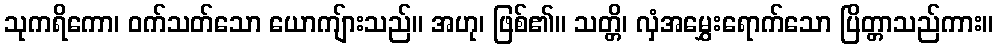
သုကရိကော၊ ဝက်သတ်သော ယောကျ်ားသည်။ အဟု၊ ဖြစ်၏။ သတ္တိ၊ လှံအမွှေးရောက်သော ပြိတ္တာသည်ကား။